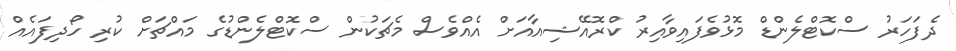
ދެފަހަރު ސްކޮޓްލެންޑް މޮޅުވެފައިވާއިރު ކްރޮއޭޝިއާއަށް އެއްވެސް މެޗަކުން ސްކޮޓްލެންޑުގެ މައްޗަށް ކުރި ހޯދިފައެއް